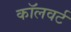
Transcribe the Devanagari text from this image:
कॉलवर्ट